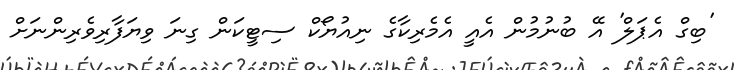
'ބިގް އެޕަލް' އޭ ބުނުމުން އެއީ އެމެރިކާގެ ނިއުޔޯކް ސިޓީކަން ގިނަ ވިޔަފާރިވެރިންނަށް